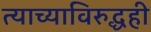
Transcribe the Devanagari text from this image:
त्याच्याविरुद्धही